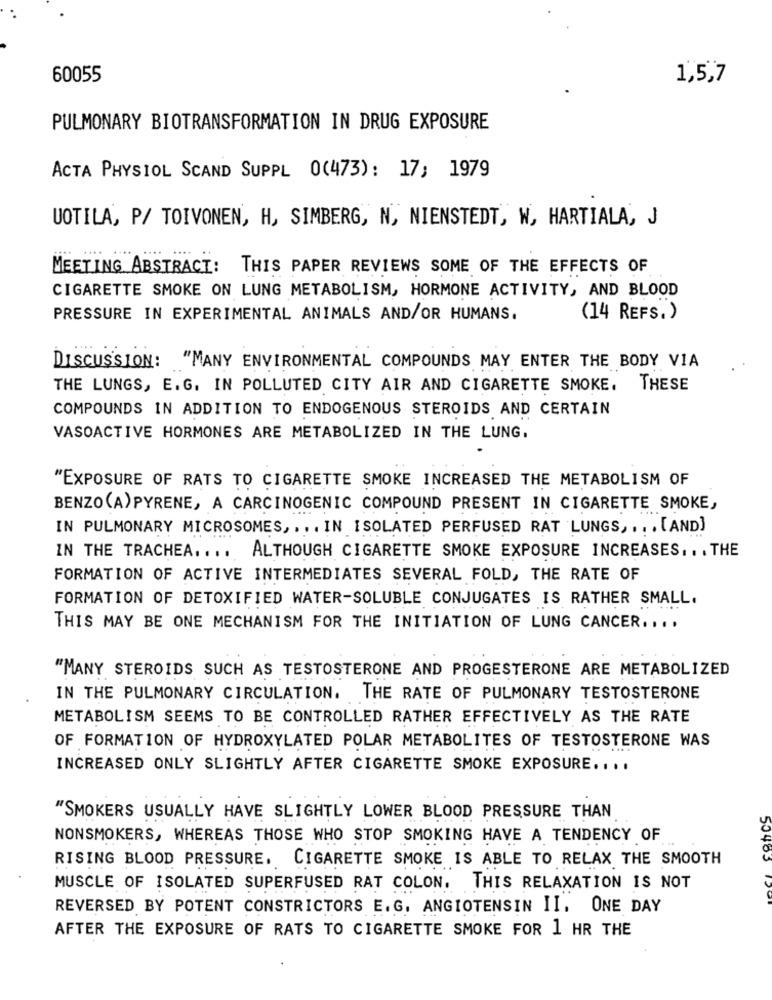
60055
1,5,7
PULMONARY BIOTRANSFORMATION IN DRUG EXPOSURE
ACTA PHYSIOL SCAND SUPPL 0(473): 17; 1979
UOTILA, P/ TOIVONEN, H, SIMBERG, N, NIENSTEDT, W, HARTIALA, J
MEETING ABSTRACT: THIS PAPER REVIEWS SOME OF THE EFFECTS OF
CIGARETTE SMOKE ON LUNG METABOLISM, HORMONE ACTIVITY, AND BLOOD
PRESSURE IN EXPERIMENTAL ANIMALS AND/OR HUMANS.
(14 REFS.)
DISCUSSION: "MANY ENVIRONMENTAL COMPOUNDS MAY ENTER THE BODY VIA
THE LUNGS, E. G. IN POLLUTED CITY AIR AND CIGARETTE SMOKE. THESE
COMPOUNDS IN ADDITION TO ENDOGENOUS STEROIDS AND CERTAIN
VASOACTIVE HORMONES ARE METABOLIZED IN THE LUNG.
"EXPOSURE OF RATS TO CIGARETTE SMOKE INCREASED THE METABOLISM OF
BENZO(A)PYRENE, A CARCINOGENIC COMPOUND PRESENT IN CIGARETTE SMOKE,
IN PULMONARY MICROSOMES ,... IN ISOLATED PERFUSED RAT LUNGS ,... [AND]
IN THE TRACHEA .... ALTHOUGH CIGARETTE SMOKE EXPOSURE INCREASES ... THE
FORMATION OF ACTIVE INTERMEDIATES SEVERAL FOLD, THE RATE OF
FORMATION OF DETOXIFIED WATER-SOLUBLE CONJUGATES IS RATHER SMALL.
THIS MAY BE ONE MECHANISM FOR THE INITIATION OF LUNG CANCER ....
"MANY STEROIDS SUCH AS TESTOSTERONE AND PROGESTERONE ARE METABOLIZED
IN THE PULMONARY CIRCULATION. THE RATE OF PULMONARY TESTOSTERONE
METABOLISM SEEMS TO BE CONTROLLED RATHER EFFECTIVELY AS THE RATE
OF FORMATION OF HYDROXYLATED POLAR METABOLITES OF TESTOSTERONE WAS
INCREASED ONLY SLIGHTLY AFTER CIGARETTE SMOKE EXPOSURE .. ..
"SMOKERS USUALLY HAVE SLIGHTLY LOWER BLOOD PRESSURE THAN
NONSMOKERS, WHEREAS THOSE WHO STOP SMOKING HAVE A TENDENCY OF
RISING BLOOD PRESSURE. CIGARETTE SMOKE IS ABLE TO RELAX THE SMOOTH
50405
MUSCLE OF ISOLATED SUPERFUSED RAT COLON. THIS RELAXATION IS NOT
REVERSED BY POTENT CONSTRICTORS E. G. ANGIOTENSIN II. ONE DAY
AFTER THE EXPOSURE OF RATS TO CIGARETTE SMOKE FOR 1 HR THE